Statistics of inoculations with Haffkine's anti-plague vaccine 1897-1900
Year: 1897
Disease focus: Plague
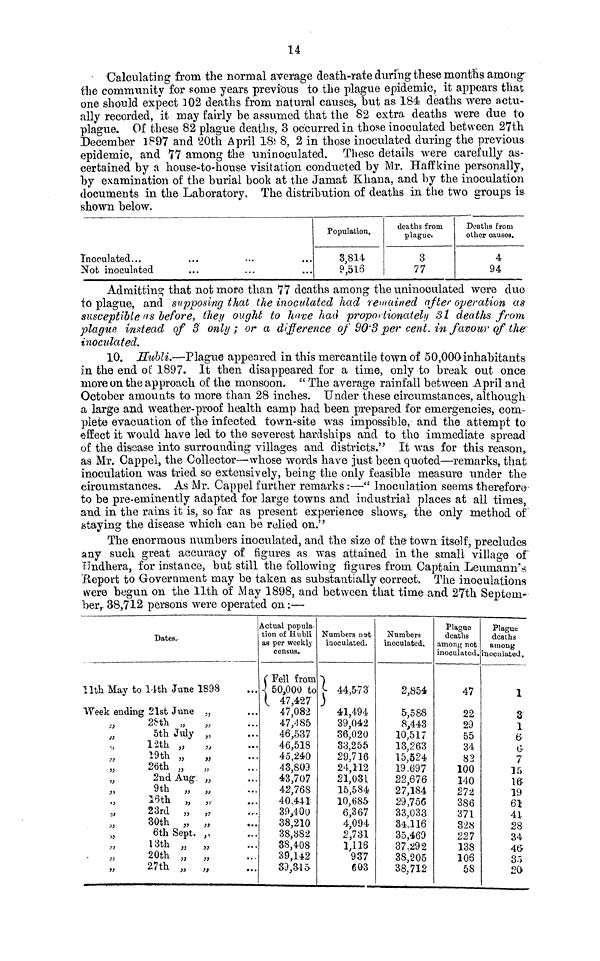
14
Calculating from the normal average death-rate during these months among
the community for some years previous to the plague epidemic, it appears that
one should expect 302 deaths from natural causes, hut as 184 deaths were actu-
ally recorded, it may fairly he assumed that the 82 extra deaths were due to
plague. Of these 82 plague deaths, 3 occurred in those inoculated between 27th
December 1897 and 20th April 185 8, 2 in those inoculated during the previous
epidemic, and 77 among the uninoculated. These details were carefully as-
certained by a house-to-house visitation conducted by Mr. Haffkine personally,
by examination of the burial hook at the Jamat Khana, and by the inoculation
documents in the Laboratory. The distribution of deaths in the two groups is
shown below.
Inoculated...
Not inoculated
Population.
3,814
9,516
deaths from
plague.
3
77
Deaths from
other causes.
4
94
Admitting that not more man 77 deaths among
unmnocuiatea were aue
to plague, and supposing that the inoculated had remained after operation as
susceptible as before, they ought to have had proportionately 31 deaths from
plague instead of 3 only ; or a difference of 90.3 per cent. in favour of thé
inoculated.
10. Hubli.—Plaguo appeared in this mercantile town of 50,000 inhabitants
in the end of 1897. It then disappeared for a time, only to break out once
more on the approach of the monsoon. " The average rainfall between April and
October amounts to more than 28 inches. Under these circumstances, although
a large and weather-proof health camp had been prepared for emergencies, com-
plete evacuation of the infected town-site was impossible, and the attempt to
effect it would have led to the severest hardships and to the immediate spread
of the disease into surrounding villages and districts." It was for this reason,
as Mr. Cappel, the Collector—whose words have just been quoted—remarks, that
inoculation was tried so extensively, being the only feasible measure under the
circumstances. As Mr. Cappel further remarks :—" Inoculation seems therefore
to be pre-eminently adapted for large towns and industrial places at all times
and in the rains it is, so far as present experience shows, the only method of
staying the disease which can be relied on."
The enormous numbers inoculated, and the size of the town itself, precluder
any such great accuracy of figures as was attained in the small village of
Undhera, for instance, but still the following figures from Captain Leumann
Report to Government may be taken as substantially correct. The inoculations
were begun on the 11th of May 1898, and between that time and 27th Septem
ber, 38,712 persons were operated on :—
Bates.
11th May to 14th June 1898
Week ending 21st June „
28th „
„
5th July „
12th „
„
19th „
„
„
26th „
„
„
2nd Aug „
9th „ ,,
16th „ „
23rd „ „
30th „ „
6th Sept. ,,
13th „ „
20th „ „
27th „ „
Actual popula.
tion of Hubli
as per weekly
census.
( Fell from
( 50,000 to
47,427
47,082
47,185
46,537
46,518
45,240
43,809
43,707
42,768
40,441
39,400
38,210
38,382
38,408
39,142
39,315·
Numbers net
inoculated.
)
44,573
)
41,494
39,042
36,020
33,255
29,716
24,112
21,031
15,584
10,685
6,367
4,094
2,731
1,116
937
603
Numbers
inoculated.
2,854
5,588
8,443
10,517
13,263
15,524
19.697
22,676
27,184
29,756
33,033
34,116
35,469
37.292
38,205
38,712
Plague
deaths
among not
inoculated.
47
22
29
55
34
82
100
140
272
386
371
328
227
138
106
58
Plagne
deaths
among
inoculated.
1
3
1
6
6
7
15
16
19
61
41
28
34
46
35
20